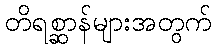
တိရစ္ဆာန်များအတွက်